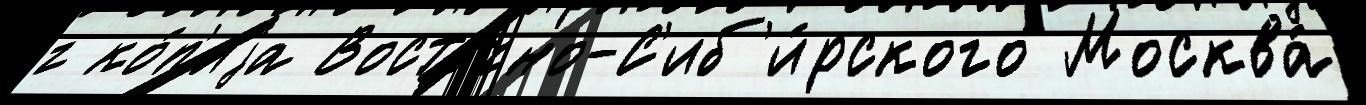
г ко́п'иjа Восто́чно-С'иб'и́рского Москва́